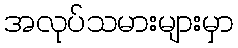
အလုပ်သမားများမှာ